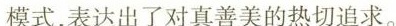
模式，表达出了对真善美的热切追求。